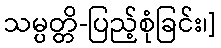
သမ္ပတ္တိ-ပြည့်စုံခြင်း၊]